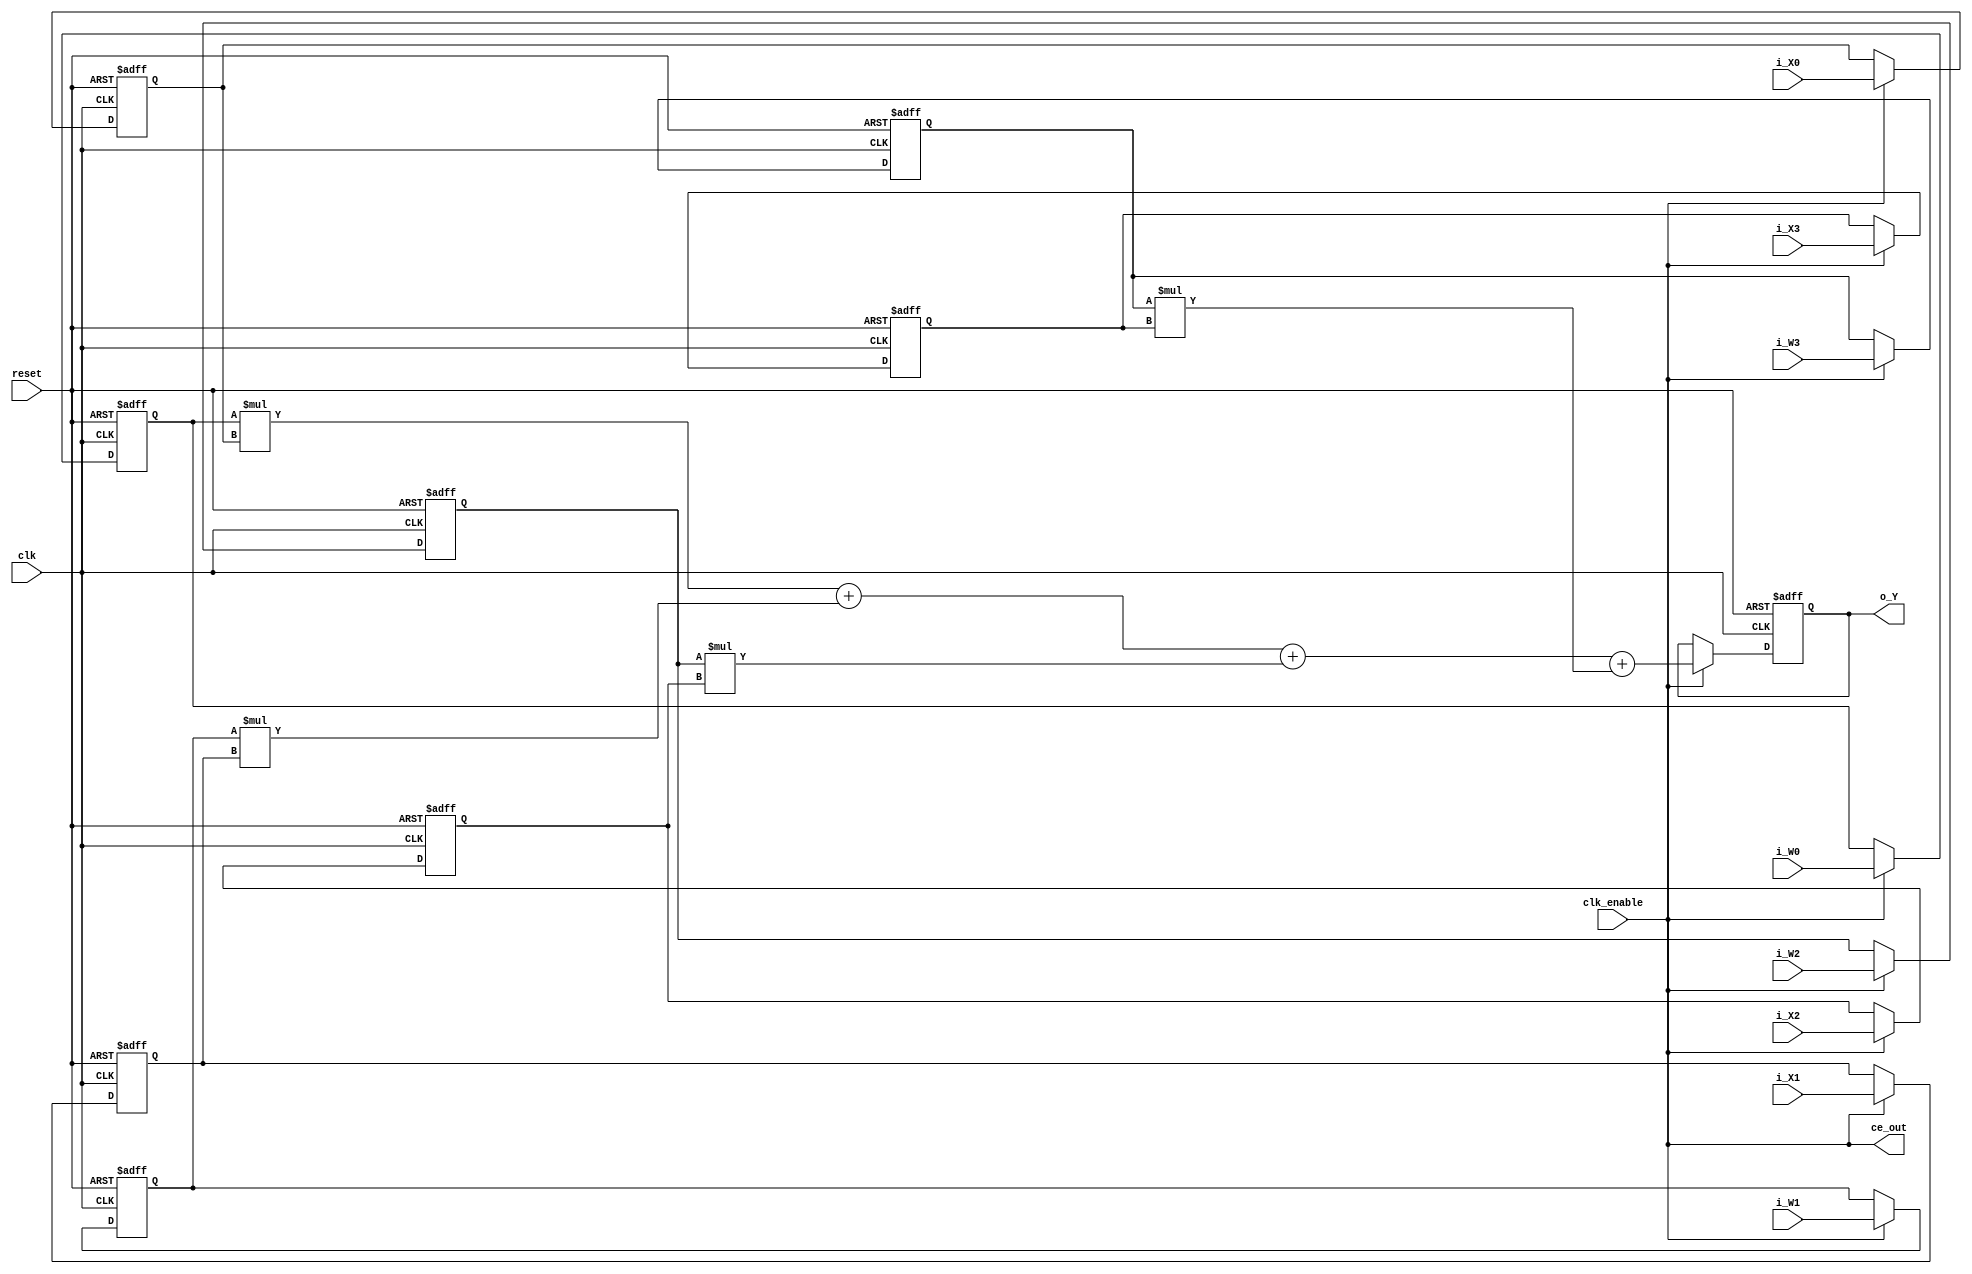
// -------------------------------------------------------------
// 
// 
// Generated by MATLAB 9.13 and HDL Coder 4.0
// 
// 
// -- -------------------------------------------------------------
// -- Rate and Clocking Details
// -- -------------------------------------------------------------
// Model base rate: 1
// Target subsystem base rate: 1
// 
// 
// Clock Enable  Sample Time
// -- -------------------------------------------------------------
// ce_out        1
// -- -------------------------------------------------------------
// 
// 
// Output Signal                 Clock Enable  Sample Time
// -- -------------------------------------------------------------
// o_Y                           ce_out        1
// -- -------------------------------------------------------------
// 
// -------------------------------------------------------------


// -------------------------------------------------------------
// 
// Module: PROCESSING_UNIT
// Source Path: Laba_1/PROCESSING_UNIT
// Hierarchy Level: 0
// 
// -------------------------------------------------------------

`timescale 1 ns / 1 ns

module PROCESSING_UNIT
          (clk,
           reset,
           clk_enable,
           i_W0,
           i_W1,
           i_W2,
           i_W3,
           i_X0,
           i_X1,
           i_X2,
           i_X3,
           ce_out,
           o_Y);


  input   clk;
  input   reset;
  input   clk_enable;
  input   signed [7:0] i_W0;  // int8
  input   signed [7:0] i_W1;  // int8
  input   signed [7:0] i_W2;  // int8
  input   signed [7:0] i_W3;  // int8
  input   signed [7:0] i_X0;  // int8
  input   signed [7:0] i_X1;  // int8
  input   signed [7:0] i_X2;  // int8
  input   signed [7:0] i_X3;  // int8
  output  ce_out;
  output  signed [15:0] o_Y;  // int16


  wire enb;
  reg signed [7:0] Unit_Delay_out1;  // int8
  reg signed [7:0] Unit_Delay2_out1;  // int8
  reg signed [7:0] Unit_Delay4_out1;  // int8
  reg signed [7:0] Unit_Delay6_out1;  // int8
  reg signed [7:0] Unit_Delay1_out1;  // int8
  wire signed [15:0] Product_out1;  // int16
  reg signed [7:0] Unit_Delay3_out1;  // int8
  wire signed [15:0] Product1_out1;  // int16
  wire signed [15:0] Add_stage2_add_temp;  // sfix16
  wire signed [16:0] Add_op_stage1;  // sfix17
  reg signed [7:0] Unit_Delay5_out1;  // int8
  wire signed [15:0] Product2_out1;  // int16
  wire signed [15:0] Add_stage3_add_cast;  // sfix16
  wire signed [15:0] Add_stage3_add_temp;  // sfix16
  wire signed [17:0] Add_op_stage2;  // sfix18
  reg signed [7:0] Unit_Delay7_out1;  // int8
  wire signed [15:0] Product3_out1;  // int16
  wire signed [15:0] Add_stage4_add_cast;  // sfix16
  wire signed [15:0] Add_out1;  // int16
  reg signed [15:0] Unit_Delay8_out1;  // int16


  assign enb = clk_enable;

  always @(posedge clk or posedge reset)
    begin : Unit_Delay_process
      if (reset == 1'b1) begin
        Unit_Delay_out1 <= 8'sb00000000;
      end
      else begin
        if (enb) begin
          Unit_Delay_out1 <= i_W0;
        end
      end
    end



  always @(posedge clk or posedge reset)
    begin : Unit_Delay2_process
      if (reset == 1'b1) begin
        Unit_Delay2_out1 <= 8'sb00000000;
      end
      else begin
        if (enb) begin
          Unit_Delay2_out1 <= i_W1;
        end
      end
    end



  always @(posedge clk or posedge reset)
    begin : Unit_Delay4_process
      if (reset == 1'b1) begin
        Unit_Delay4_out1 <= 8'sb00000000;
      end
      else begin
        if (enb) begin
          Unit_Delay4_out1 <= i_W2;
        end
      end
    end



  always @(posedge clk or posedge reset)
    begin : Unit_Delay6_process
      if (reset == 1'b1) begin
        Unit_Delay6_out1 <= 8'sb00000000;
      end
      else begin
        if (enb) begin
          Unit_Delay6_out1 <= i_W3;
        end
      end
    end



  always @(posedge clk or posedge reset)
    begin : Unit_Delay1_process
      if (reset == 1'b1) begin
        Unit_Delay1_out1 <= 8'sb00000000;
      end
      else begin
        if (enb) begin
          Unit_Delay1_out1 <= i_X0;
        end
      end
    end



  assign Product_out1 = Unit_Delay_out1 * Unit_Delay1_out1;



  always @(posedge clk or posedge reset)
    begin : Unit_Delay3_process
      if (reset == 1'b1) begin
        Unit_Delay3_out1 <= 8'sb00000000;
      end
      else begin
        if (enb) begin
          Unit_Delay3_out1 <= i_X1;
        end
      end
    end



  assign Product1_out1 = Unit_Delay2_out1 * Unit_Delay3_out1;



  assign Add_stage2_add_temp = Product_out1 + Product1_out1;
  assign Add_op_stage1 = {Add_stage2_add_temp[15], Add_stage2_add_temp};



  always @(posedge clk or posedge reset)
    begin : Unit_Delay5_process
      if (reset == 1'b1) begin
        Unit_Delay5_out1 <= 8'sb00000000;
      end
      else begin
        if (enb) begin
          Unit_Delay5_out1 <= i_X2;
        end
      end
    end



  assign Product2_out1 = Unit_Delay4_out1 * Unit_Delay5_out1;



  assign Add_stage3_add_cast = Add_op_stage1[15:0];
  assign Add_stage3_add_temp = Add_stage3_add_cast + Product2_out1;
  assign Add_op_stage2 = {{2{Add_stage3_add_temp[15]}}, Add_stage3_add_temp};



  always @(posedge clk or posedge reset)
    begin : Unit_Delay7_process
      if (reset == 1'b1) begin
        Unit_Delay7_out1 <= 8'sb00000000;
      end
      else begin
        if (enb) begin
          Unit_Delay7_out1 <= i_X3;
        end
      end
    end



  assign Product3_out1 = Unit_Delay6_out1 * Unit_Delay7_out1;



  assign Add_stage4_add_cast = Add_op_stage2[15:0];
  assign Add_out1 = Add_stage4_add_cast + Product3_out1;



  always @(posedge clk or posedge reset)
    begin : Unit_Delay8_process
      if (reset == 1'b1) begin
        Unit_Delay8_out1 <= 16'sb0000000000000000;
      end
      else begin
        if (enb) begin
          Unit_Delay8_out1 <= Add_out1;
        end
      end
    end



  assign o_Y = Unit_Delay8_out1;

  assign ce_out = clk_enable;

endmodule  // PROCESSING_UNIT